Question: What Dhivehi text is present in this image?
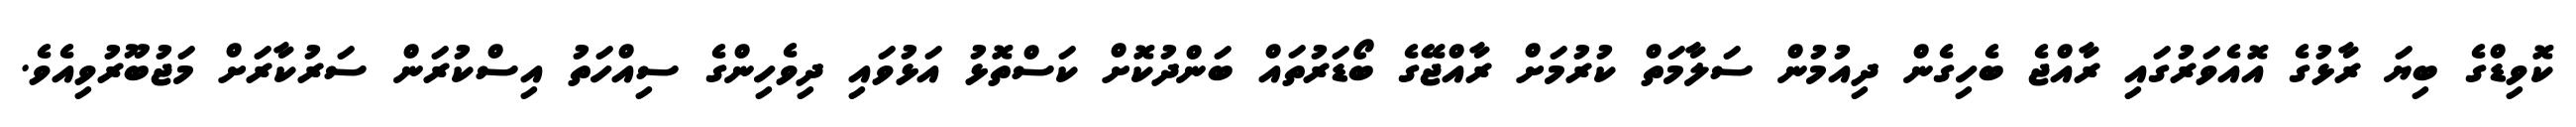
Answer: ކޮވިޑްގެ ބިޔަ ރާޅުގެ އޮއެވަރުގައި ރާއްޖެ ބެހިގެން ދިއުމުން ސަލާމަތް ކުރުމަށް ރާއްޖޭގެ ބޯޑަރުތައް ބަންދުކޮށް ކަސްތޮޅު އަޅުވައި ދިވެހިންގެ ސިއްހަތު އިސްކުރަން ސަރުކާރަށް މަޖުބޫރުވިއެވެ.